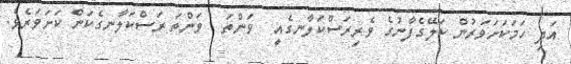
އަދި ހަމަކަށަވަރުން ކަލޭގެފާނުގެ ވެރިރަސްކަލާނގެއީ  ވަންތަ  ވަންތަ ރަސްކަލާނގެކަން ކަށަވަރެވެ.